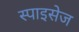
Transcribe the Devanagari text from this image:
स्पाइसेज